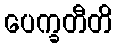
ပေက္ခတီတိ